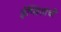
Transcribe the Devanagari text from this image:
ईप्सितांची